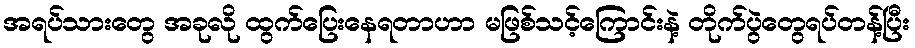
အရပ်သားတွေ အခုလို ထွက်ပြေးနေရတာဟာ မဖြစ်သင့်ကြောင်းနဲ့ တိုက်ပွဲတွေရပ်တန့်ပြီး